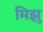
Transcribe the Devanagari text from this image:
मिझु